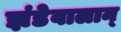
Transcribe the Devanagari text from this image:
झंडेवालान्